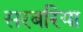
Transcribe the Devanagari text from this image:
सरबरिया